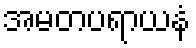
အမတပရာယနံ